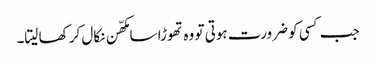
جب کسی کو ضرورت ہوتی تو وہ تھوڑا سا مکھّن نکال کر کھا لیتا۔